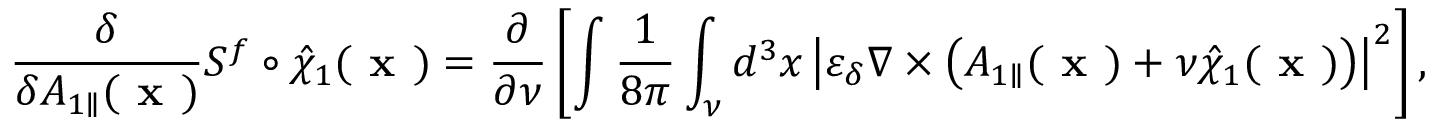
\frac { \delta } { \delta { A } _ { 1 \parallel } ( \textbf { x } ) } S ^ { f } \circ \hat { \chi } _ { 1 } ( \textbf { x } ) = \frac { \partial } { \partial \nu } \left[ \intop \frac { 1 } { 8 \pi } \int _ { \nu } d ^ { 3 } x \left| \varepsilon _ { \delta } \nabla \times \left( { A } _ { 1 \parallel } ( \textbf { x } ) + \nu \hat { \chi } _ { 1 } ( \textbf { x } ) \right) \right| ^ { 2 } \right] ,